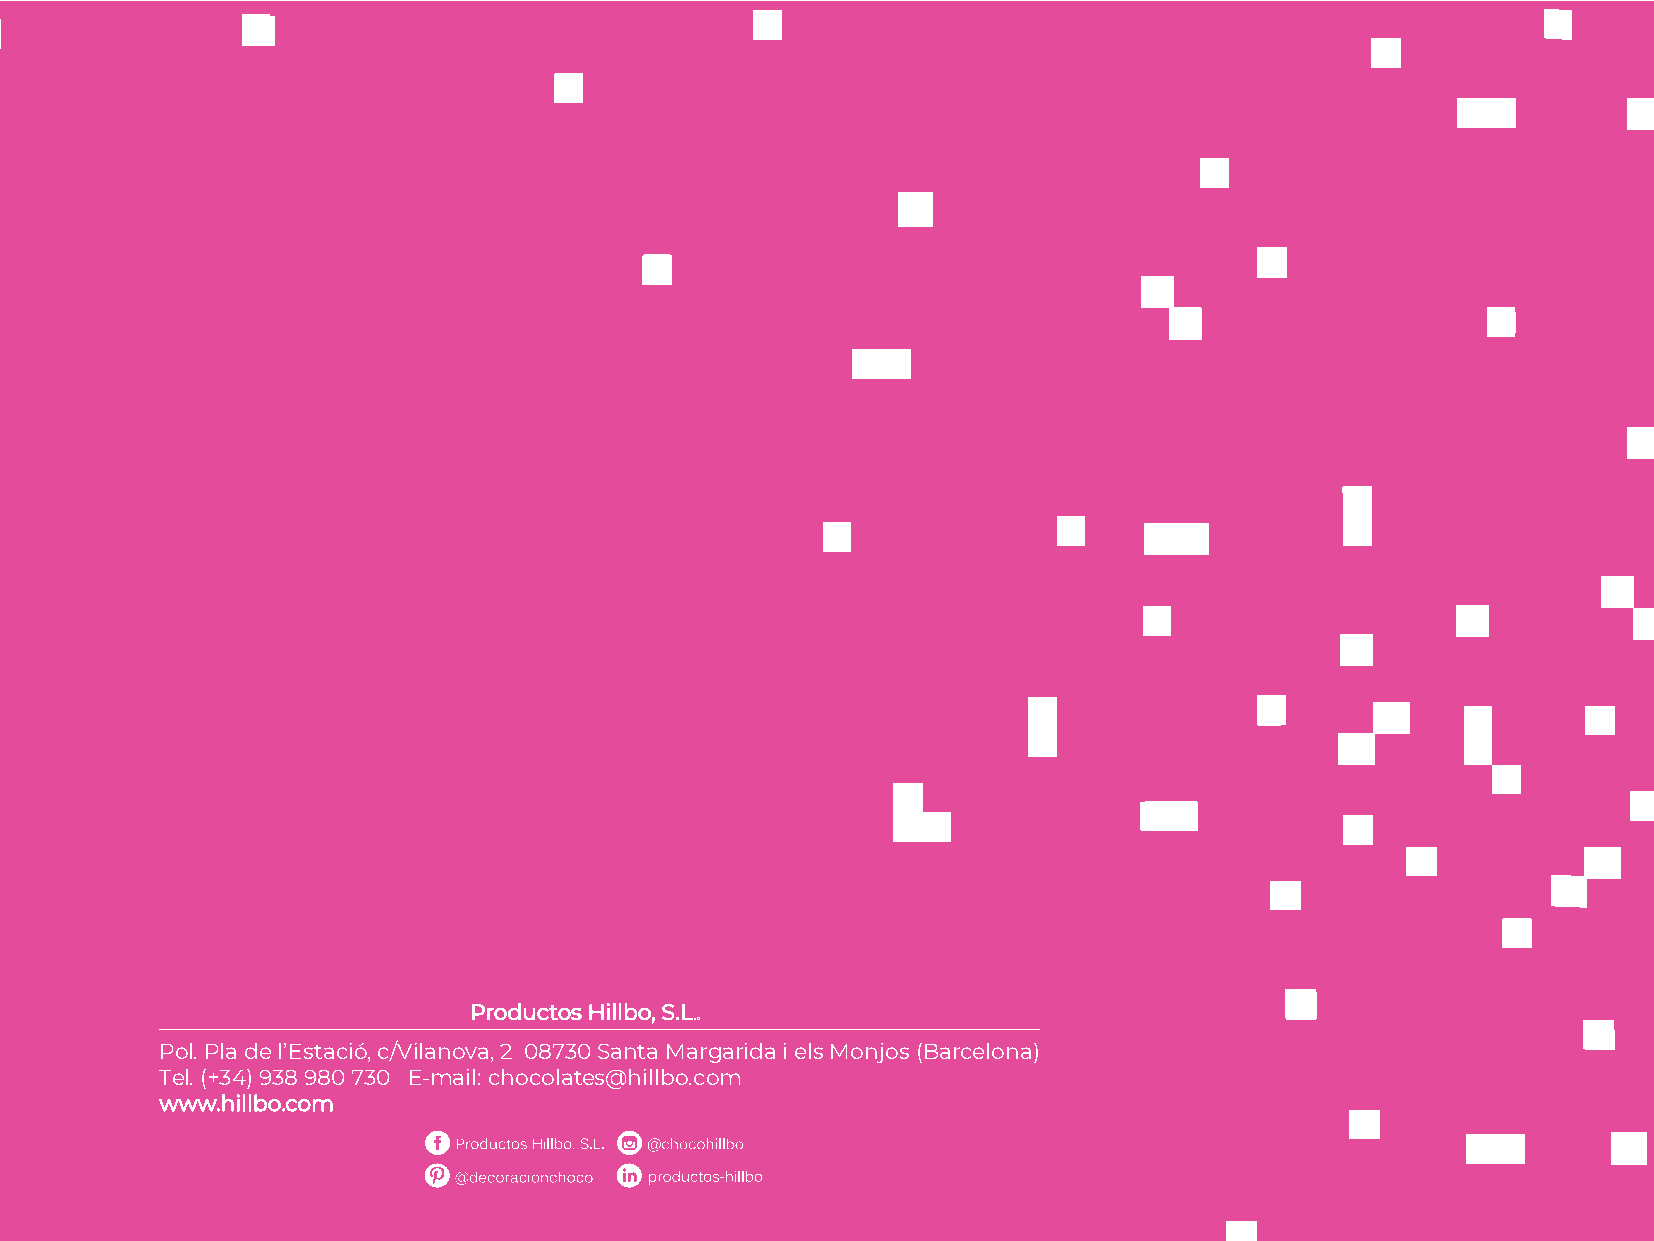
Productos Hillbo, S.L.
 Pol. Pla de l’Estació, c/Vilanova, 2 08730 Santa Margarida i els Monjos (Barcelona)
 Tel. (+34) 938 980 730 E-mail: chocolates@hillbo.com
 www.hillbo.com